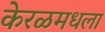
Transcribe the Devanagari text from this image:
केरळमधला